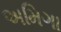
અમિગા